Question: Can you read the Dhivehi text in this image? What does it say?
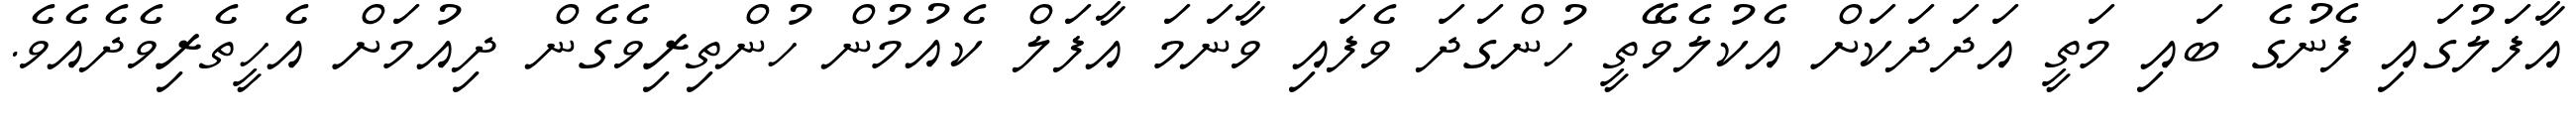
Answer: އާފަލުގައި ފެނުގެ ބައި މަތީ އަދަދަކަށް އެކުލެވޭތީ ހުންގަދަ ވެފައި ވާނަމަ އާފަލް ކެއުމުން ހުންތިރިވެގެން ދިއުމަށް އެހީތެރިވެދެއެވެ.